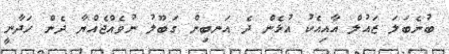
ބުނެބަލަ ޒައުލް އާއިއެކު އުޅެން ދެ އަނބިން ގަބޫލު ނުވެއްޖެއްޔާ ދެން ހަދާނީ